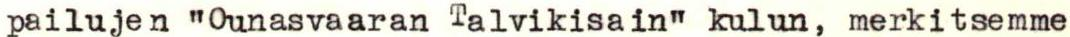
pailujen "Ounasvaaran Talvikisain" kulun, merkitsemme